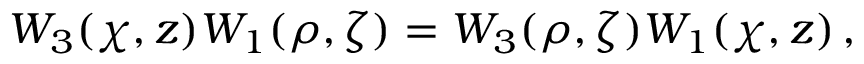
W _ { 3 } ( \chi , z ) W _ { 1 } ( \rho , \zeta ) = W _ { 3 } ( \rho , \zeta ) W _ { 1 } ( \chi , z ) \, ,